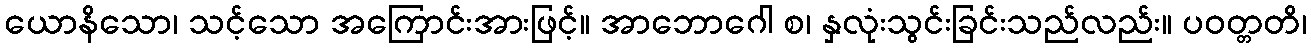
ယောနိသော၊ သင့်သော အကြောင်းအားဖြင့်။ အာဘောဂေါ စ၊ နှလုံးသွင်းခြင်းသည်လည်း။ ပဝတ္တတိ၊